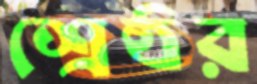
শ্রেষ্ঠর